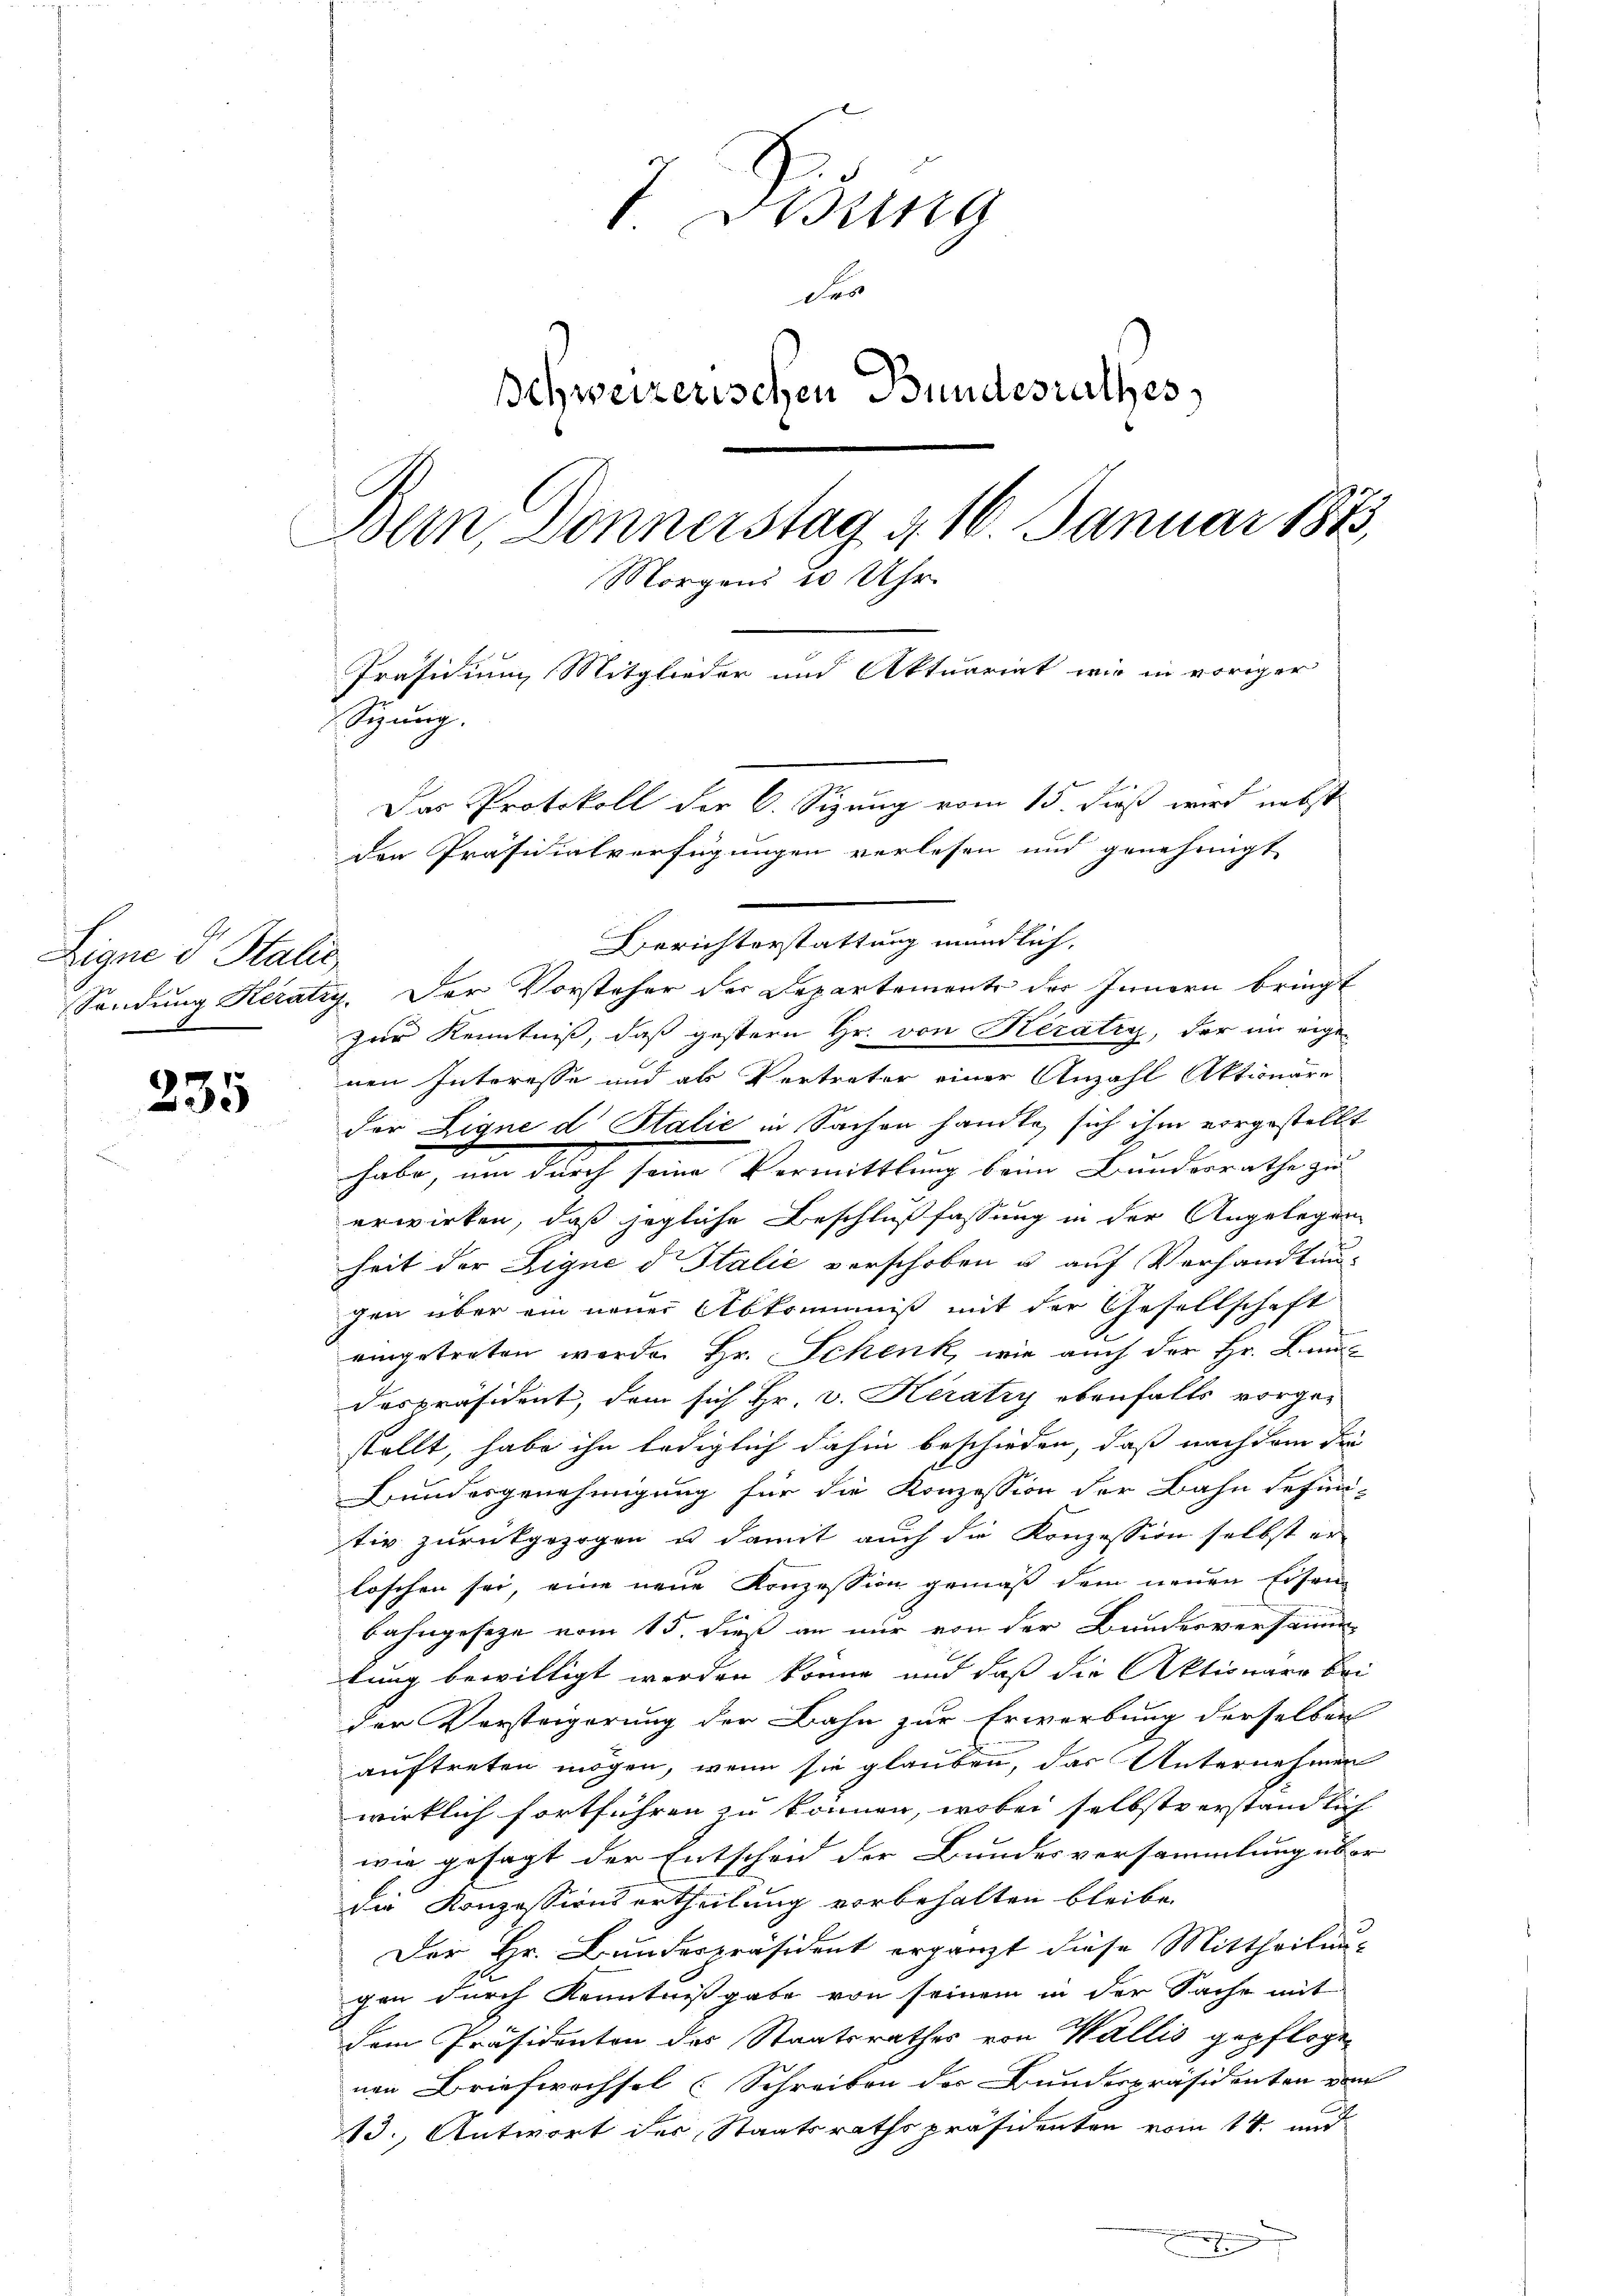
235

7Disung
Dto
Schweizerischen Bundesrathes,
Bern, Donnerstag v. 16. Januar 1873,
Morgens 20 Uhr
Präsidium Mitglieder und Aktuariat wir in voriger
Sizung.

Sendung Rezatry. Der Vorsteher der Departemente der Innern bringt
zur Kenntniß, daß gestern Hr. von Heratis, der im eige-
nen Interesse und als Vertreter einer Anzahl Aktionäre
der Lique d Stalić in Sachen handle, sich ihm vorgestellt
habe, um durch seine Vermittlung beim Bundesrathe zu
erwirken, daß jegliche Beschlußfassung in der Angelegen
heit der Signe d Italić verschoben u. auf Verhandlun-
gen über ein neuer Abkommniß mit der Gesellschaft
eingetreten werde. Hr. Schenk, wie auch der Hr. Lands
despräsident, dem sich Hr. v. Herátry ebenfalls vorgestellt, habe ihn lediglich dahin beschieden, daß nach dem die
Bundesgenehmigung für die Konzession der Bahn defini-
tiv zurückgezogen u damit auch die Konzession selbst er-
loschen sei, eine neue Konzession gemäß dem neuen Eisen-
bahngeseze vom 15. dieß an nur von der Bundesversamm-
tung bewilligt werden könne, und daß die Aktionare bei
der Versteigerung der Bahn zur Erwerbung derselben
auftreten mögen, wenn sie glauben, das Unternehmen
wirklich fortführen zu können, wobei selbstverständlich
wie gesagt der Entscheid der Bundesversammlung über
die Konzessionsertheilung vorbehalten bleibe.
Der Hr. Bundespräsident ergänzt diese Mittheilau-
gen durch Kenntnißgabe von seinem in der Sache mit
dem Präsidenten des Staatsrathes von Wallis gepflogenen Briefwechsel (Schreiben der Bunderpräsidenten vom
13., Antwort der Staatsrathspräsidenten vom 14. und

Das Protokoll der C. Sizung vom 15. dieß wird nebst
den Präsidialverfügungen verlesen und genehmigt
Gerichterstattung mündlich.

Eigne d Stalie